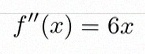
f''(x)=6x